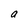
Character: a